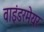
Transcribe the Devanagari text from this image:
वाइंडरमेयर